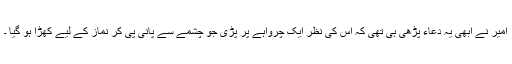
امیر نے ابھی یہ دعاء پڑھی ہی تھی کہ اس کی نظر ایک چرواہے پر پڑی جو چشمے سے پانی پی کر نماز کے لیے کھڑا ہو گیا ۔